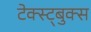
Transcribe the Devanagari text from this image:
टेक्स्ट्बुक्स